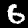
Digit: 6